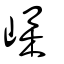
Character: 㠎